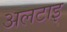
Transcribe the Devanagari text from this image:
अलटाइ